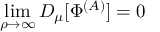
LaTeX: \operatorname * { l i m } _ { \rho \to \infty } D _ { \mu } [ \Phi ^ { ( A ) } ] = 0